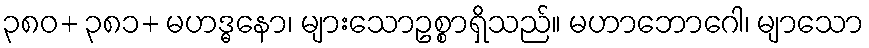
၃၈၀+ ၃၈၁+ မဟဒ္ဓနော၊ များသောဥစ္စာရှိသည်။ မဟာဘောဂေါ၊ မျာသော